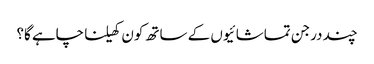
چند درجن تماشائیوں کے ساتھ کون کھیلنا چاہے گا؟